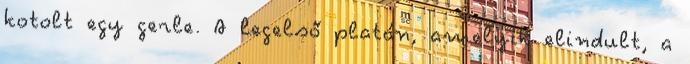
kotolt egy gerle. A legelső platán, amelyik elindult, a